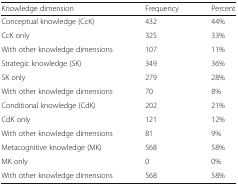
| Knowledge dimension | Frequency | Percent |
 | --- | --- | --- |
 | Conceptual knowledge (CcK) | 432 | 44% |
 | CcK only | 325 | 33% |
 | With other knowledge dimensions | 107 | 11% |
 | Strategic knowledge (SK) | 349 | 36% |
 | SK only | 279 | 28% |
 | With other knowledge dimensions | 70 | 8% |
 | Conditional knowledge (CdK) | 202 | 21% |
 | CdK only | 121 | 12% |
 | With other knowledge dimensions | 81 | 9% |
 | Metacognitive knowledge (MK) | 568 | 58% |
 | MK only | 0 | 0% |
 | With other knowledge dimensions | 568 | 58% |